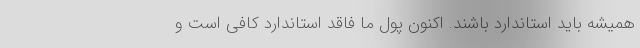
همیشه باید استاندارد باشند. اکنون پول ما فاقد استاندارد کافی است و